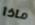
ماذا